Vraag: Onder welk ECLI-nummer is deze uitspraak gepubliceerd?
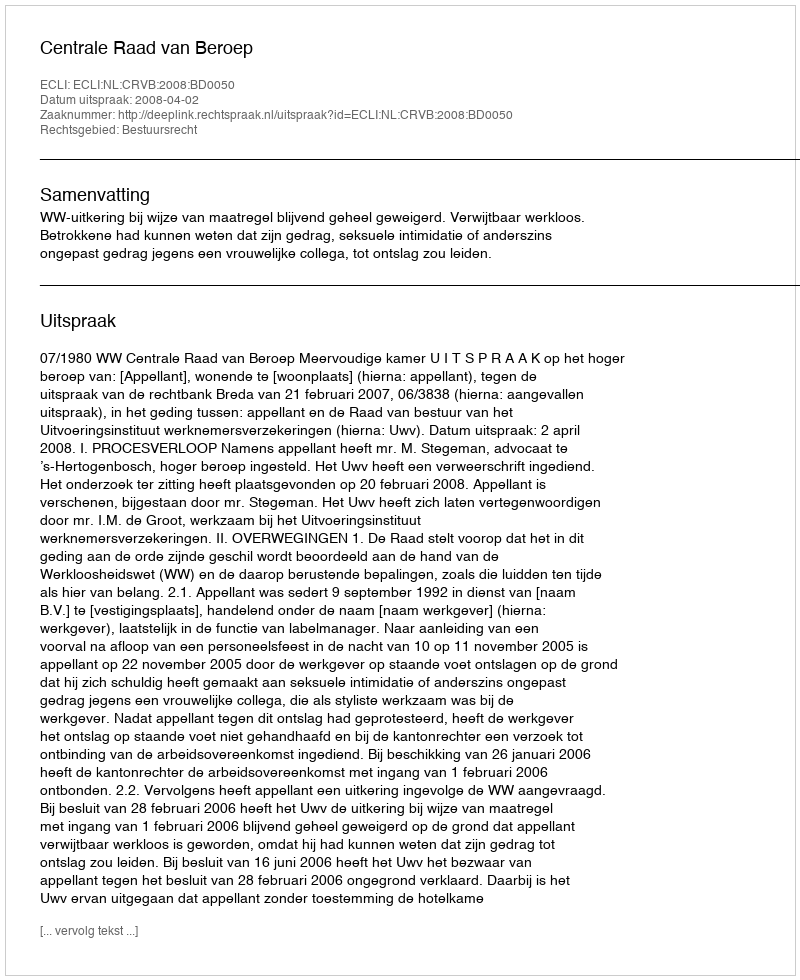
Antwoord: ECLI:NL:CRVB:2008:BD0050